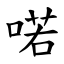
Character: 喏